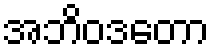
အဘိဝဒတော